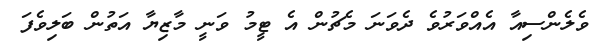
ވެލެންސިއާ އެއްވަރުވެ ދެވަނަ މެޗުން އެ ޓީމު ވަނީ މާޒިޔާ އަތުން ބަލިވެފަ